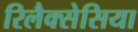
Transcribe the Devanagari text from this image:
रिलैक्सेसिया